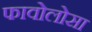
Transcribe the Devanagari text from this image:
फावोलोसा